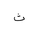
Letter: _tha